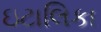
ઇટાલિકા